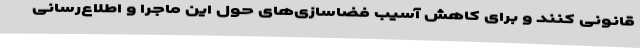
قانونی کنند و برای کاهش آسیبِ‌ فضاسازی‌های حول این ماجرا و اطلاع‌رسانی